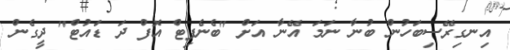
އިނގިރޭސިބަހުން ބުނާ ނަމަ އޭނާ އަށް "ބެނެފިޓް އޮފް ދަ ޑައުޓް" ދީގެން